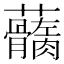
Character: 𧅢